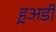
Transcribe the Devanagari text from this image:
ह़अडी